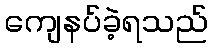
ကျေနပ်ခဲ့ရသည်